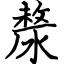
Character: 漦